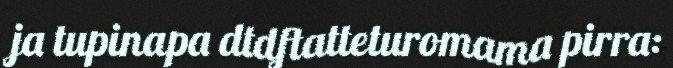
ja tupinapa dtdftatteturomama pirra: